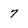
Character: 7